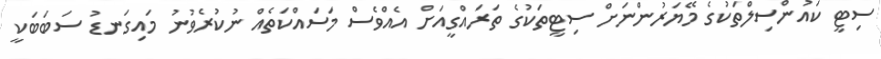
ސިޓީ ކައުންސިލްތަކުގެ މޭޔަރުންނަށް ސިޓީތަކުގެ ތަރައްގީއަށް އެއްވެސް މަސައްކަތެއް ނުކުރެވުނު މައިގަނޑު ސަބަބަކީ